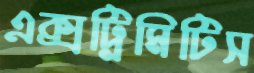
এক্সট্রিমিটিস